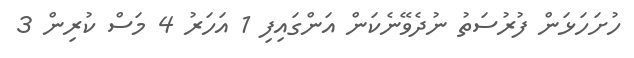
ހުށަހަޅަން ފުރުސަތު ނުދެވޭނެކަން އަންގައިފި 1 އަހަރު 4 މަސް ކުރިން 3